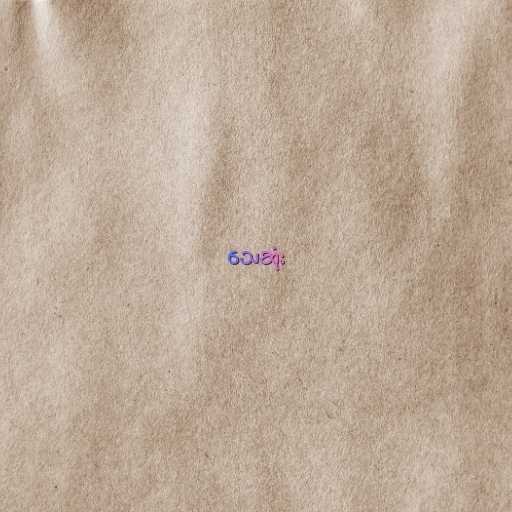
သေဆုံး